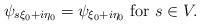
LaTeX: \begin{align*}\psi_{s \xi_0 + i \eta_0} = \psi_{\xi_0 + i \eta_0 } \mbox{ for } s \in V.\end{align*}